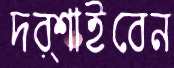
দর্শাইবেন